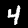
Label: 4